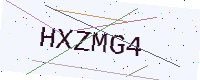
Text: HXZMG4